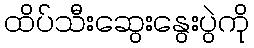
ထိပ်သီးဆွေးနွေးပွဲကို